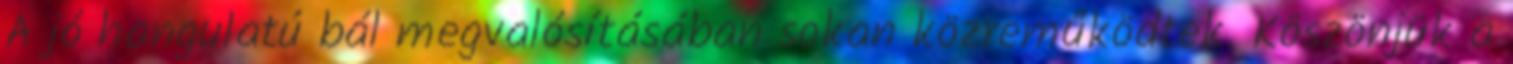
A jó hangulatú bál megvalósításában sokan közreműködtek. Köszönjük a